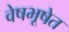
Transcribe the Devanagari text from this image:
वेषभूषेत